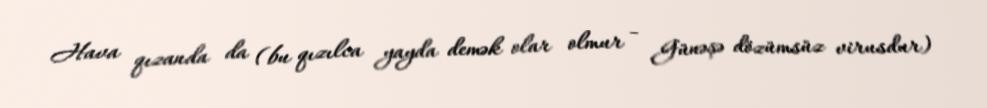
Hava qızanda da (bu qızılca yayda demək olar olmur - Günəşə dözümsüz virusdur)